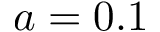
a = 0 . 1